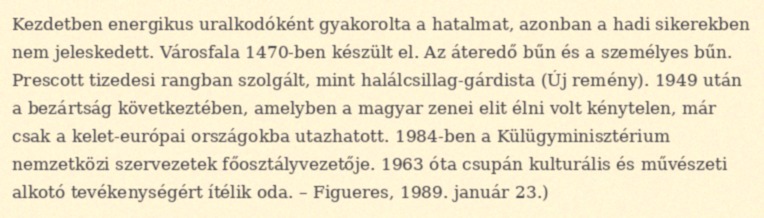
Kezdetben energikus uralkodóként gyakorolta a hatalmat, azonban a hadi sikerekben nem jeleskedett. Városfala 1470-ben készült el. Az áteredő bűn és a személyes bűn. Prescott tizedesi rangban szolgált, mint halálcsillag-gárdista (Új remény). 1949 után a bezártság következtében, amelyben a magyar zenei elit élni volt kénytelen, már csak a kelet-európai országokba utazhatott. 1984-ben a Külügyminisztérium nemzetközi szervezetek főosztályvezetője. 1963 óta csupán kulturális és művészeti alkotó tevékenységért ítélik oda. – Figueres, 1989. január 23.)